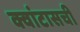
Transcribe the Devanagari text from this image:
क्वांटासची